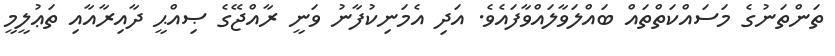
ތަންތަނުގެ މަސައްކަތްތައް ބައްލަވާލައްވާފައެވެ. އަދި އެމަނިކުފާނު ވަނީ ރާއްޖޭގެ ޞިއްޙީ ދާއިރާއާއި ތަޢުލީމީ